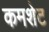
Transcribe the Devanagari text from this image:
कमशेट